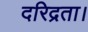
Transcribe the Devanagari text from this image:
दरिद्रता।